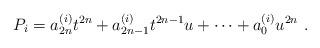
\begin{align*}P_i=a_{2n}^{(i)} t^{2n}+a_{2n-1}^{(i)} t^{2n-1}u+\cdots +a_{0}^{(i)} u^{2n}\ .\end{align*}